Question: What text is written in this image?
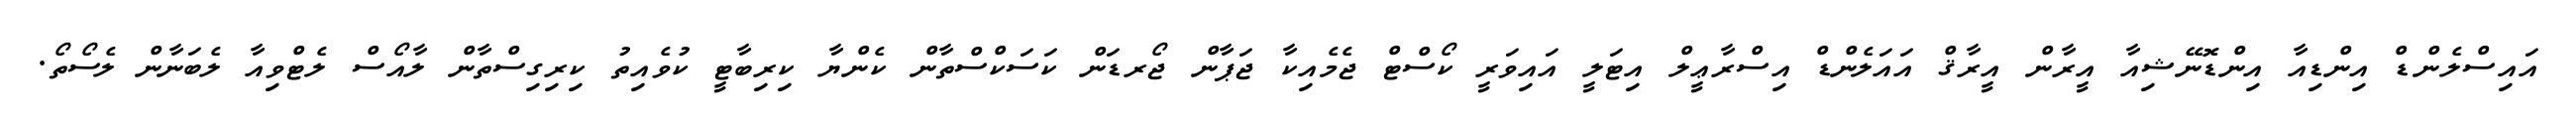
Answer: އައިސްލެންޑް އިންޑިއާ އިންޑޮނޭޝިއާ އީރާން އީރާޤް އައަލެންޑް އިސްރާޢީލް އިޓަލީ އައިވަރީ ކޯސްޓް ޖެމެއިކާ ޖަޕާން ޖޯރޑަން ކަސަކްސްތާން ކެންޔާ ކިރިބާޓީ ކުވެއިތު ކިރިގިސްތާން ލާއޯސް ލެޓްވިއާ ލެބަނާން ލެސޯތޯ.